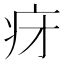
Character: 𬏛